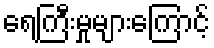
ရေကြီးမှုများကြောင့်